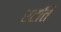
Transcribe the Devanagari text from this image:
रटति